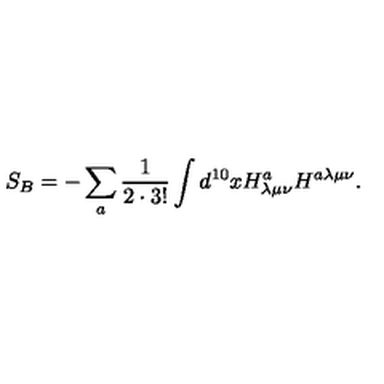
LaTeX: S _ { B } = - \sum _ { a } \frac { 1 } { 2 \cdot 3 ! } \int d ^ { 1 0 } x H _ { \lambda \mu \nu } ^ { a } H ^ { a \lambda \mu \nu } .